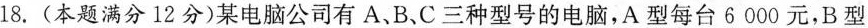
18.(本题满分12分)某电脑公司有A、B、C三种型号的电脑，A型每台6000元，B型